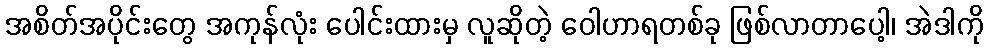
အစိတ်အပိုင်းတွေ အကုန်လုံး ပေါင်းထားမှ လူဆိုတဲ့ ဝေါဟာရတစ်ခု ဖြစ်လာတာပေါ့၊ အဲဒါကို